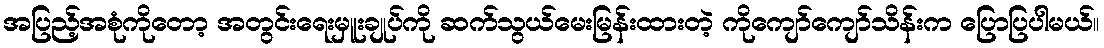
အပြည့်အစုံကိုတော့ အတွင်းရေးမှူးချုပ်ကို ဆက်သွယ်မေးမြန်းထားတဲ့ ကိုကျော်ကျော်သိန်းက ပြောပြပါမယ်။